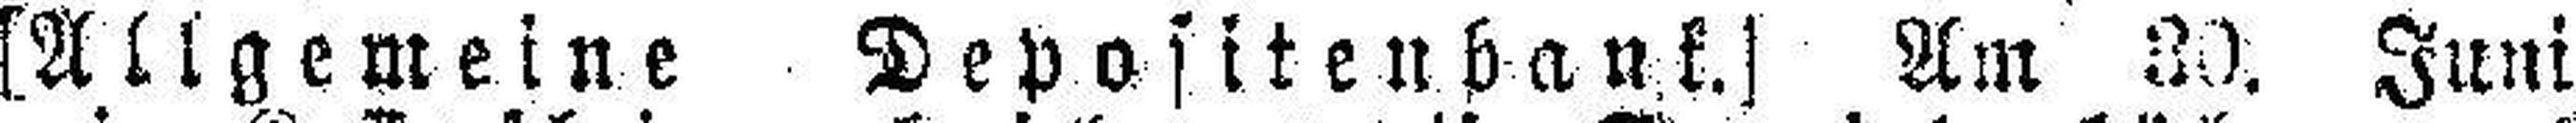
[Allgemeine Depositenbank.] Am 33. Juni